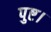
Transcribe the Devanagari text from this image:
पुष्ट।